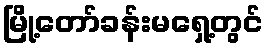
မြို့တော်ခန်းမရှေ့တွင်